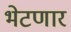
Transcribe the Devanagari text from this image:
भेटणार